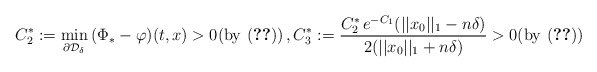
\begin{align*}C^*_2:= \min_{\partial \mathcal{D}_{\delta}} \, ({\Phi}_* - \varphi )(t,x) > 0(\mathrm{by}\ \eqref{eq:min})\,, C^*_3:=\frac{C^*_2\, e^{-C_1}(||x_0||_1-n\delta)}{2(||x_0||_1 + n\delta)}> 0 (\mathrm{by}\ \eqref{eq:||x||_1}) \end{align*}